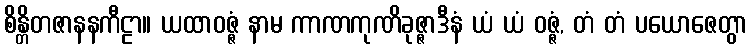
စိန္တိတဇာနနကီဠာ။ ယထာဝဇ္ဇံ နာမ ကာဏကုဏိခုဇ္ဇာဒီနံ ယံ ယံ ဝဇ္ဇံ, တံ တံ ပယောဇေတွာ